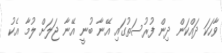
ވާހަކަ ދައްކަން ދިން ފުރުސަތުގައި އޭނާ ބުނީ އޭނާ ޖަލަށް ލުމާ އެކު